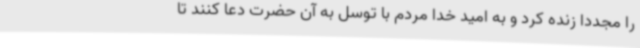
را مجددا زنده کرد و به امید خدا مردم با توسل به آن حضرت دعا کنند تا